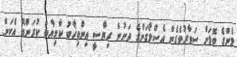
މެންގެ ބޮލަށް ސަވާރުވެގެން އެސްލޯގަންގެ ދަށުން ރިޔާސީ އިންތިޚާބު ކާމިޔާބު ކުރަންއޭ އެކަން